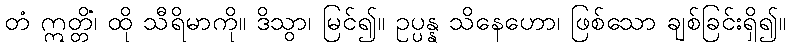
တံ ဣတ္တိံ၊ ထို သီရိမာကို။ ဒိသွာ၊ မြင်၍။ ဥပ္ပန္န သိနေဟော၊ ဖြစ်သော ချစ်ခြင်းရှိ၍။